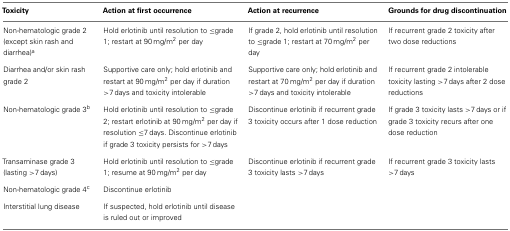
<table><thead><tr><td><b>Toxicity</b></td><td><b>Action at first occurrence</b></td><td><b>Action at recurrence</b></td><td><b>Grounds for drug discontinuation</b></td></tr></thead><tbody><tr><td>Non-hematologic grade 2 (except skin rash and diarrhea)<sup>a</sup></td><td>Hold erlotinib until resolution to ≤grade 1; restart at 90 mg/m<sup>2</sup> per day</td><td>If grade 2, hold erlotinib until resolution to ≤grade 1; restart at 70 mg/m<sup>2</sup> per day</td><td>If recurrent grade 2 toxicity after two dose reductions</td></tr><tr><td>Diarrhea and/or skin rash grade 2</td><td>Supportive care only; hold erlotinib and restart at 90 mg/m<sup>2</sup> per day if duration &gt;7 days and toxicity intolerable</td><td>Supportive care only; hold erlotinib and restart at 70 mg/m<sup>2</sup> per day if duration &gt;7 days and toxicity intolerable</td><td>If recurrent grade 2 intolerable toxicity lasting &gt;7 days after 2 dose reductions</td></tr><tr><td>Non-hematologic grade 3<sup>b</sup></td><td>Hold erlotinib until resolution to ≤grade 2; restart erlotinib at 90 mg/m<sup>2</sup> per day if resolution ≤7 days. Discontinue erlotinib if grade 3 toxicity persists for &gt;7 days</td><td>Discontinue erlotinib if recurrent grade 3 toxicity occurs after 1 dose reduction</td><td>If grade 3 toxicity lasts &gt;7 days or if grade 3 toxicity recurs after one dose reduction</td></tr><tr><td>Transaminase grade 3 (lasting &gt;7 days)</td><td>Hold erlotinib until resolution to ≤grade 1; resume at 90 mg/m<sup>2</sup> per day</td><td>Discontinue erlotinib if recurrent grade 3 toxicity lasts &gt;7 days</td><td>If recurrent grade 3 toxicity lasts &gt;7 days</td></tr><tr><td>Non-hematologic grade 4<sup>c</sup></td><td>Discontinue erlotinib</td><td></td><td></td></tr><tr><td>Interstitial lung disease</td><td>If suspected, hold erlotinib until disease is ruled out or improved</td><td></td><td></td></tr></tbody></table>